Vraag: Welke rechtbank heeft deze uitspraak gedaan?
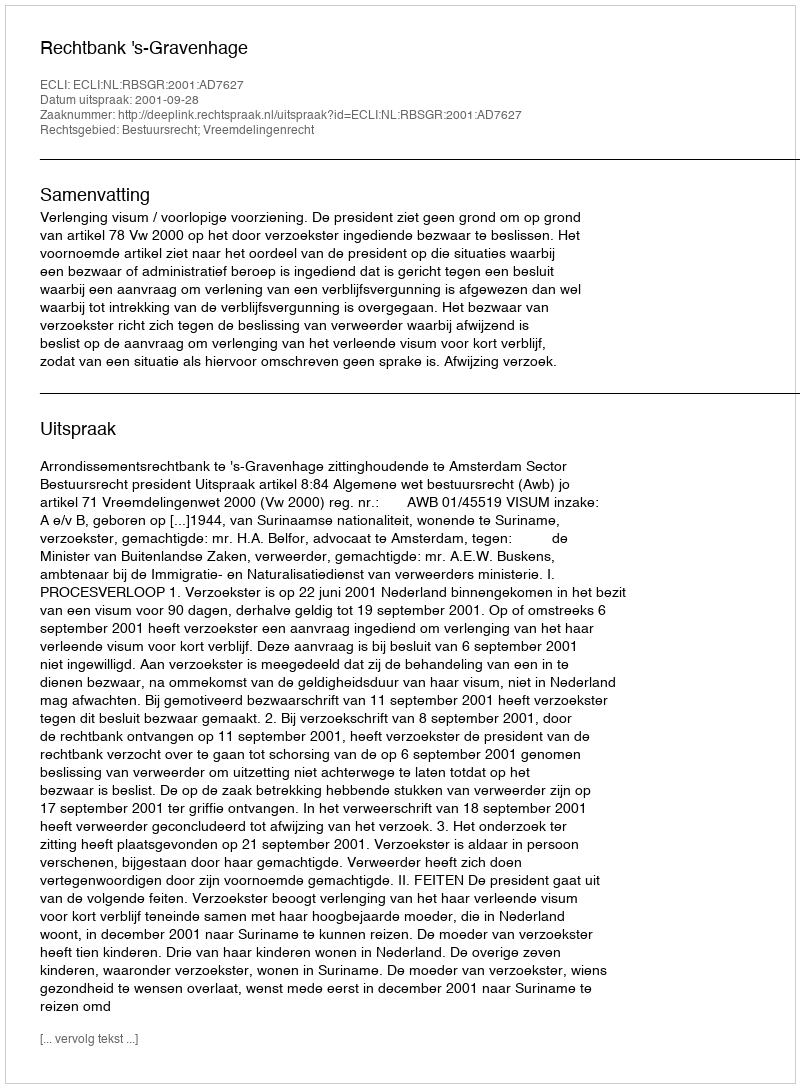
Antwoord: Rechtbank 's-Gravenhage